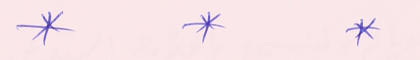
*		*		*